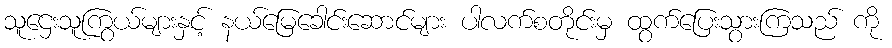
သူဌေးသူကြွယ်များနှင့် နယ်မြေခေါင်းဆောင်များ ပါလက်စတိုင်းမှ ထွက်ပြေးသွားကြသည် ကို